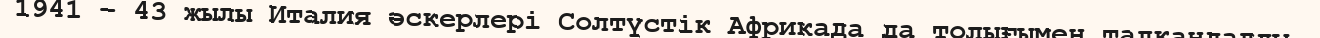
1941 – 43 жылы Италия әскерлері Солтүстік Африкада да толығымен талқандалды.